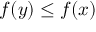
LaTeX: f ( y ) \leq f ( x )